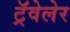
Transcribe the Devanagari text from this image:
ट्रॅवेलेर